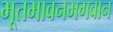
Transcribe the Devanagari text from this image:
भूतभावनभगवान